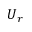
U _ { r }